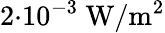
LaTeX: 2{\cdot}10^{-3}\ \mathrm{W/m^{2}}